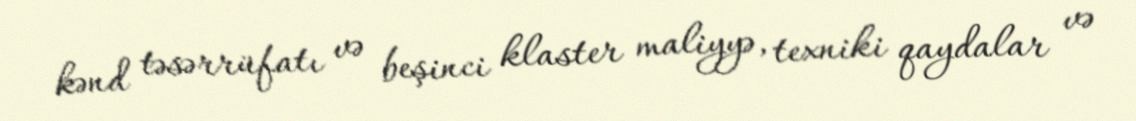
kənd təsərrüfatı və beşinci klaster maliyyə, texniki qaydalar və